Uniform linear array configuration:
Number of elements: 48
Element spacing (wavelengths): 0.5
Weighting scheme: cosine
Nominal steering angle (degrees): -45
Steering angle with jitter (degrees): -46.403
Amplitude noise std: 0.05
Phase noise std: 0.05

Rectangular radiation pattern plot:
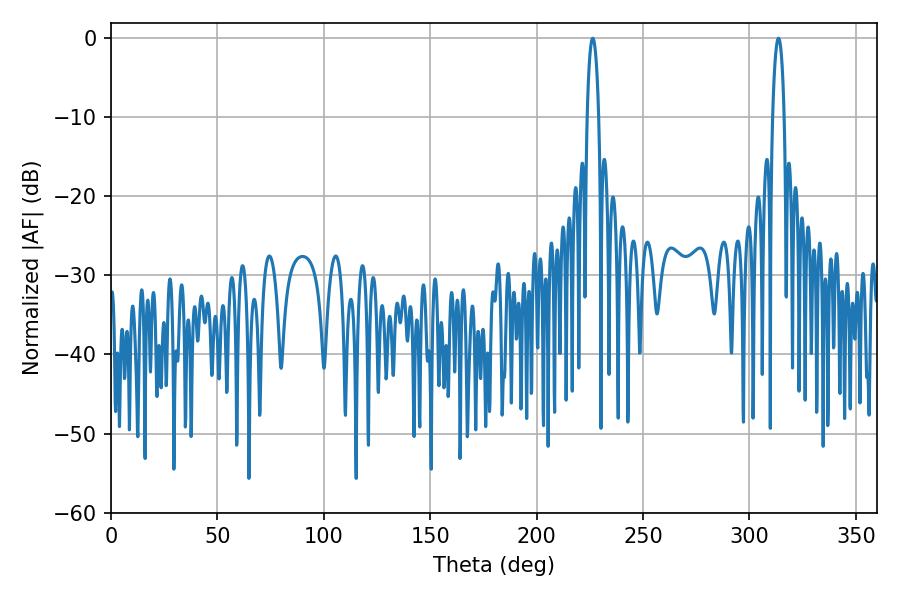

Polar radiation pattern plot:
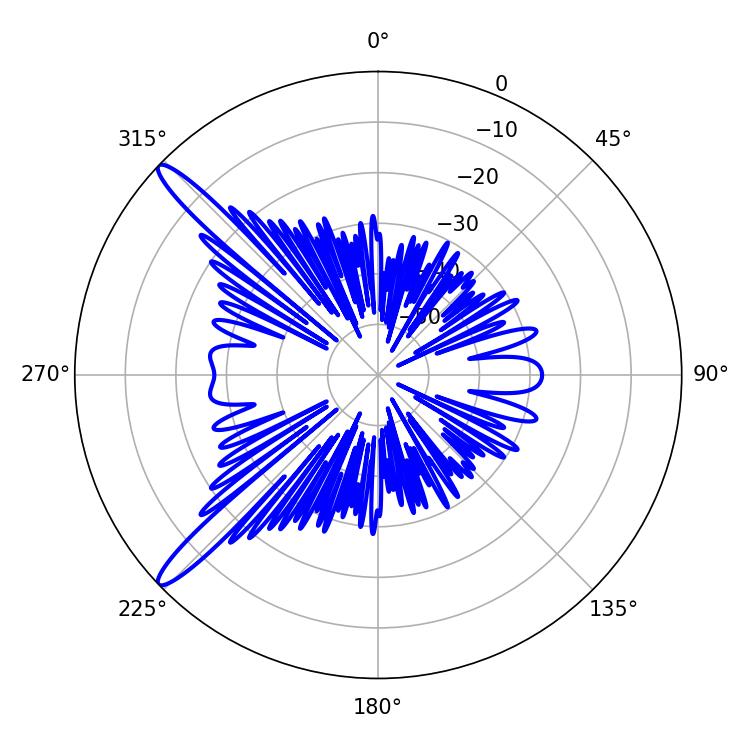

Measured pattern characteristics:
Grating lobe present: FALSE
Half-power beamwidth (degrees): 3.06
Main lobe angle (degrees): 313.56